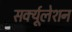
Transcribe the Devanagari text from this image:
सर्क्यूलेशन